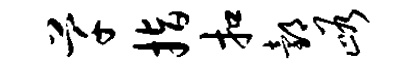
芊指扣邰峪